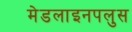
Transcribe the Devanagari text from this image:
मेडलाइनपलुस